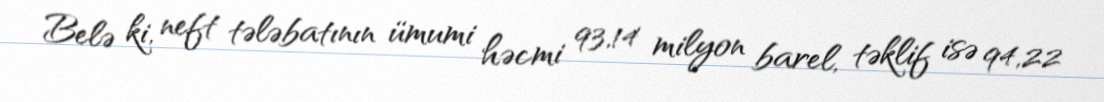
Belə ki, neft tələbatının ümumi həcmi 93,14 milyon barel, təklif isə 94,22